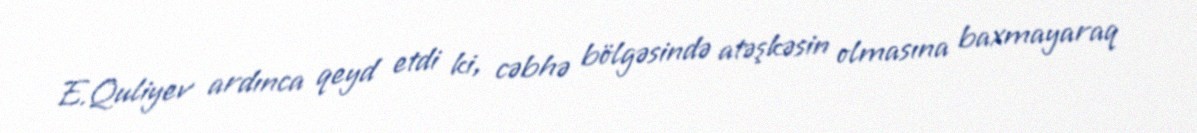
E.Quliyev ardınca qeyd etdi ki, cəbhə bölgəsində atəşkəsin olmasına baxmayaraq